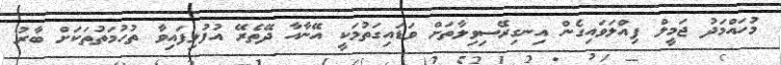
މުހައްމަދު ޖަމީލް ފިއްލަވައިގެން އިނގިރޭސިވިލާތަށް ވަަޑައިގަތުމަކީ އޭނާއާ ދޭތެރޭ އުފުލިފައިވާ ތުހުމަތުތަކަށް ބާރު